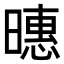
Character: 𪱇